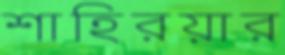
শাহিরয়ার